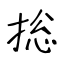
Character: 捴